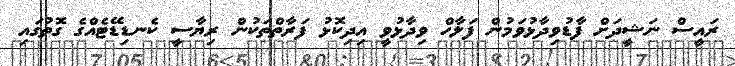
ރައީސް ނަޝީދަށް ފާޑުވިދާޅުވަމުން ފަލާހް ވިދާޅުވީ އިދިކޮޅު ފަރާތްތަކުން ރިޔާސީ ކެނޑިޑޭޓެއްގެ ގޮތުގައި